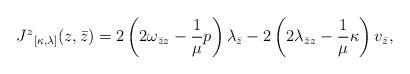
LaTeX: \begin{align*}{J^z}_{[\kappa, \lambda]}(z, \bar{z}) = 2 \left( 2\omega_{\bar{z} z}- \frac{1}{\mu}p \right) \lambda_{\bar{z}} - 2 \left( 2\lambda_{\bar{z}z}- \frac{1}{\mu} \kappa \right) v_{\bar{z}}, \end{align*}